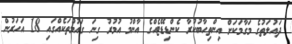
ދައުލަތުގެ މަގާމަކަށް އިންތިހާބުކުރާ ކެންޑިޑޭޓެއްގެ އާންމު އުމުރު ގިނަ ގައުމުތަކެއްގައި 18 އަހަރުން